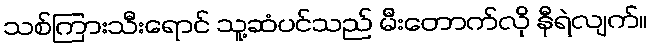
သစ်ကြားသီးရောင် သူ့ဆံပင်သည် မီးတောက်လို နီရဲလျက်။